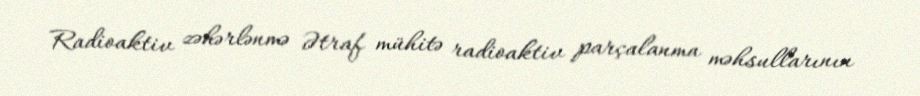
Radioaktiv zəhərlənmə Ətraf mühitə radioaktiv parçalanma məhsullarının